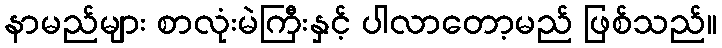
နာမည်များ စာလုံးမဲကြီးနှင့် ပါလာတော့မည် ဖြစ်သည်။